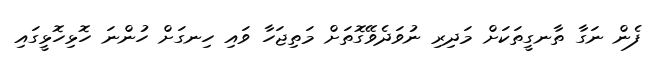
ފެން ނަގާ ތާނގީތަކަށް މަދިރި ނުވަދެވޭގޮތަށް މަތިޖަހާ ވައި ހިނގަށް ހުންނަ ހޮޅިހޮޅީގައި